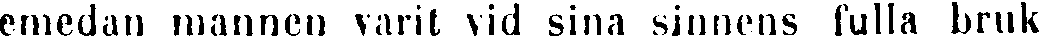
emedan mannen varit vid sina sinnens fulla bruk